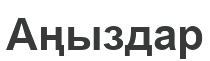
Аңыздар